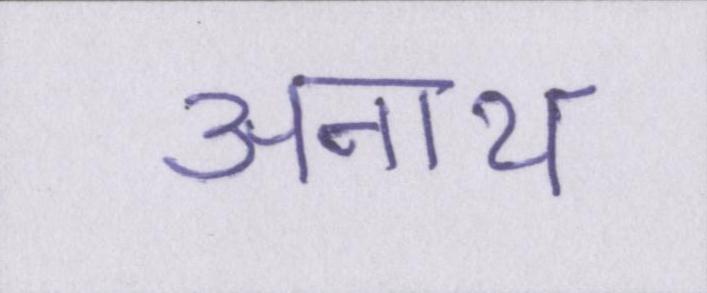
अनाथ